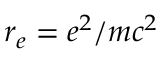
r _ { e } = e ^ { 2 } / m c ^ { 2 }